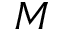
M